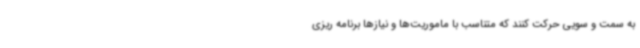
به سمت و سویی حرکت کنند که متناسب با ماموریت‌ها و نیازها برنامه ریزی